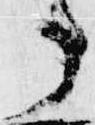
事